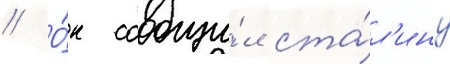
// О́н сообщи́л ста́л'ину